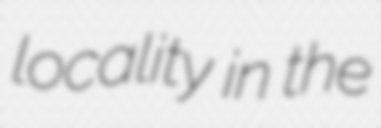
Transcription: locality in the